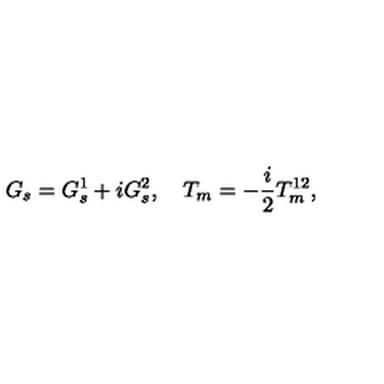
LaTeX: G _ { s } = G _ { s } ^ { 1 } + i G _ { s } ^ { 2 } , \quad T _ { m } = - \frac { i } { 2 } T _ { m } ^ { 1 2 } ,